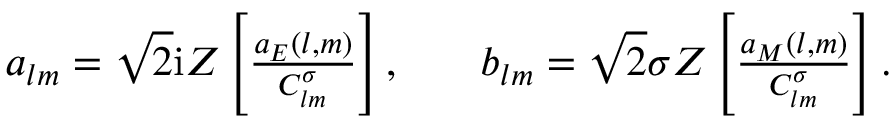
\begin{array} { r l r } { a _ { l m } = \sqrt { 2 } \mathrm { i } Z \left[ \frac { a _ { E } ( l , m ) } { C _ { l m } ^ { \sigma } } \right] , } & { { } } & { b _ { l m } = \sqrt { 2 } \sigma Z \left[ \frac { a _ { M } ( l , m ) } { C _ { l m } ^ { \sigma } } \right] . } \end{array}